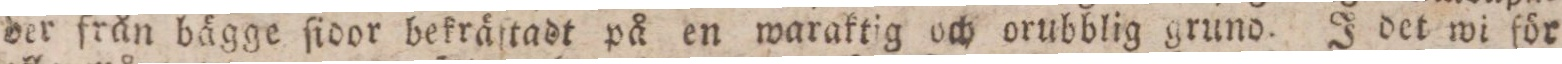
der från bägge ſidor bekräftadt på en waraktig och orubblig grund. J det wi för